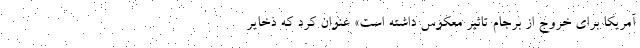
آمریکا برای خروج از برجام تاثیر معکوس داشته است» عنوان کرد که ذخایر